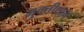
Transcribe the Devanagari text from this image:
मुक्तीधाम